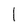
Character: 1